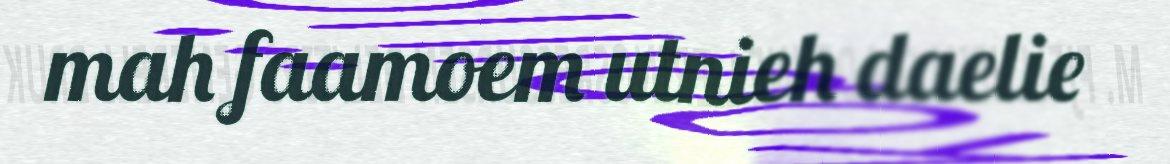
mah faamoem utnieh daelie